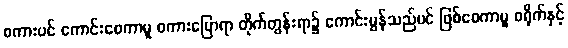
စကားပင် ကောင်းစေကာမူ စကားပြောရာ တိုက်တွန်းရာ၌ ကောင်းမွန်သည်ပင် ဖြစ်စေကာမူ စရိုက်နှင့်